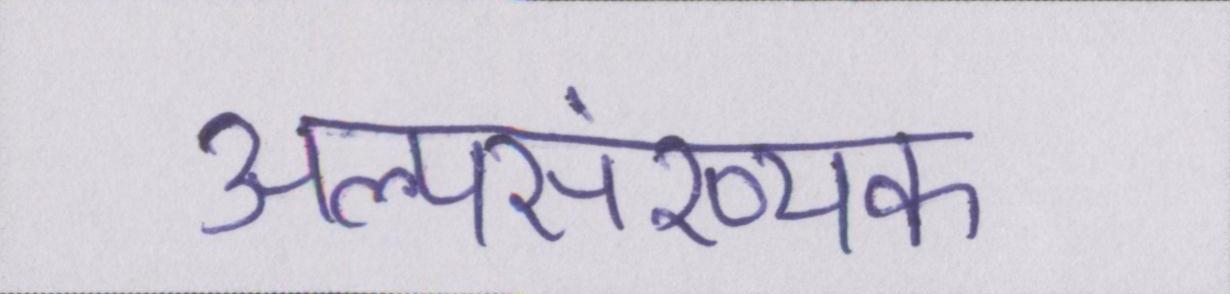
अल्पसंख्यक